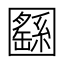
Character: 㘥